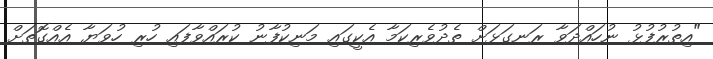
"އިތުރުފުޅު ނުހައްދަވާ ރަނގަޅަށް ތެދުވެރިކަމާ އެކީގައި މަނިކުފާނު ކުރައްވާފައި ހުރި ހުވަޔާ އެއްގޮތަށް